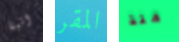
اتينا المقر منذ